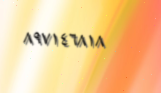
٨٩٧١٤٦٨١٨